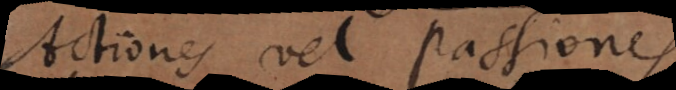
Actiones vel Passiones.